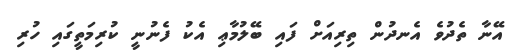
އޭނާ ތެދުވެ އެނދުން ތިރިއަށް ފައި ބޭލުމާޢި އެކު ފެނުނީ ކުރިމަތީގައި ހުރި